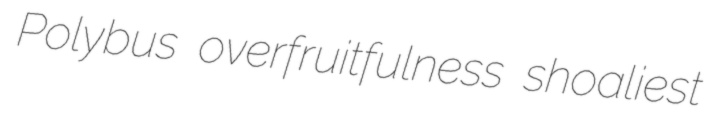
Polybus overfruitfulness shoaliest